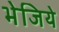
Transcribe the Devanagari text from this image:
भेजिये